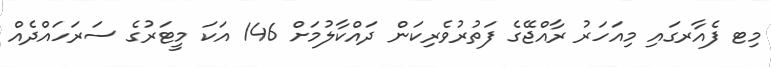
މިޓ ފެއާރގައި މިއަހަރު ރާއްޖޭގެ ފަތުުރުވެރިކަން ދައްކާާލުމަށް 146 އަކަ މީޓަރުގެ ސަރަހައްދެއް